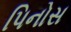
પિનોસ